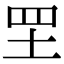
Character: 𦉷